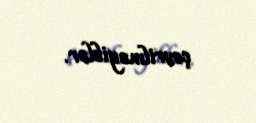
çevrilməyiblər.